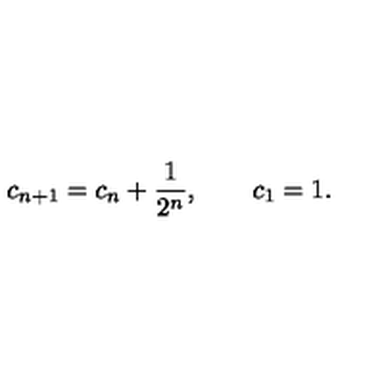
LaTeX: c _ { n + 1 } = c _ { n } + \frac { 1 } { 2 ^ { n } } , \qquad c _ { 1 } = 1 .